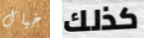
خيال كذلك